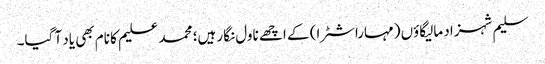
سلیم شہزاد مالیگاؤں (مہاراشٹرا) کے اچھے ناول نگار ہیں؛ محمد علیم کا نام بھی یاد آ گیا۔